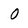
Character: 0